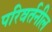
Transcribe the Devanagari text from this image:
परिवर्तनील